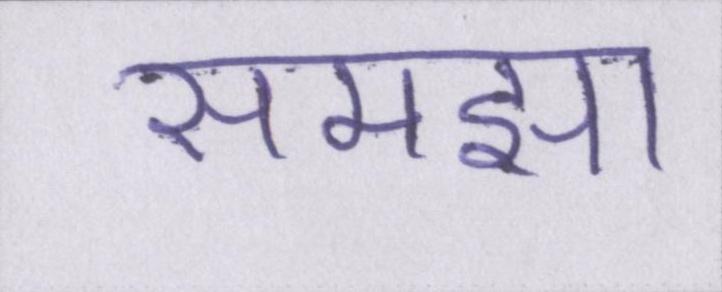
समझा